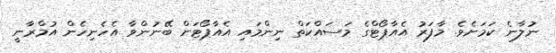
ނުލާނެ ކަމަށެވެ. މާފަރު އެއާޕޯޓްގެ މަސައްކަތް ނިންމައި އެއާޕޯޓަށް ބޭނުންވާ އެހެނިހެން އުމްރާނީ